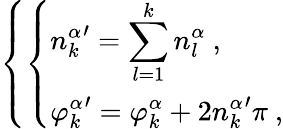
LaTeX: \left\{ \left\{ \begin{array}{ll}{{\displaystyle{n_{k}^{\alpha}}^{\prime}=\sum_{l=1}^{k}n_{l}^{\alpha}\ ,}}\\ {{\displaystyle{\varphi_{k}^{\alpha}}^{\prime}=\varphi_{k}^{\alpha}+2{n_{k}^{\alpha}}^{\prime}\pi\ ,}}\end{array}\right.\right.